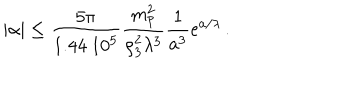
| \alpha | \le { \frac { 5 \pi } { 1 . 4 4 ~ 1 0 ^ { 5 } } } { \frac { m _ { \mathrm { p } } ^ { 2 } } { \rho _ { 3 } ^ { 2 } \lambda ^ { 3 } } } { \frac { 1 } { a ^ { 3 } } } \mathrm { e } ^ { a / \lambda } \, .